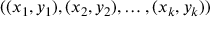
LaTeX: ( ( x _ { 1 } , y _ { 1 } ) , ( x _ { 2 } , y _ { 2 } ) , \dots , ( x _ { k } , y _ { k } ) )